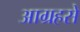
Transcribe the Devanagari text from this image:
आग्रहसे